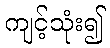
ကျင့်သုံး၍